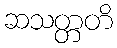
ဆသတ္တတိ